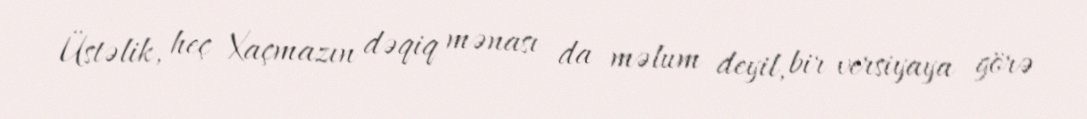
Üstəlik, heç Xaçmazın dəqiq mənası da məlum deyil, bir versiyaya görə